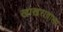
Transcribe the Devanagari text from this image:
खाखरावाला